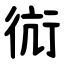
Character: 䘕